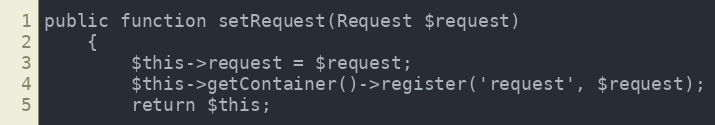
Language: PHP
public function setRequest(Request $request)
    {
        $this->request = $request;
        $this->getContainer()->register('request', $request);
        return $this;